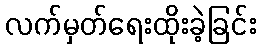
လက်မှတ်ရေးထိုးခဲ့ခြင်း